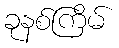
ခုနစ်ကြိမ်